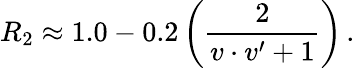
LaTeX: R_{2}\approx 1.0-0.2\, \bigg({\frac{2}{v\cdot v^{\prime}+1}}\bigg)\, .